Annual report of the Punjab Veterinary College and of the Civil Veterinary Department, Punjab - 1894-1908
Year: 1894
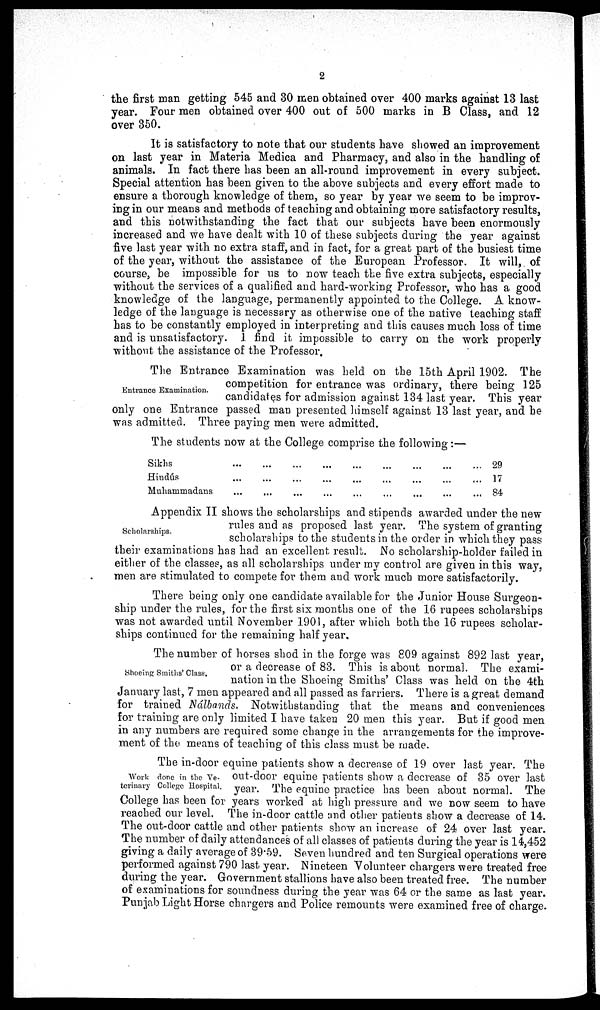
2
the first man getting 545 and 30 men obtained over 400 marks against 13 last
year. Four men obtained over 400 out of 500 marks in B Class, and 12
over 350.
It is satisfactory to note that our students have showed an improvement
on last year in Materia Medica and Pharmacy, and also in the handling of
animals. In fact there has been an all-round improvement in every subject.
Special attention has been given to the above subjects and every effort made to
ensure a thorough knowledge of them, so year by year we seem to be improv-
ing in our means and methods of teaching and obtaining more satisfactory results,
and this notwithstanding the fact that our subjects have been enormously
increased and we have dealt with 10 of these subjects during the year against
five last year with no extra staff, and in fact, for a great part of the busiest time
of the year, without the assistance of the European Professor. It will, of
course, be impossible for us to now teach the five extra subjects, especially
without the services of a qualified and hard-working Professor, who has a good
knowledge of the language, permanently appointed to the College. A know-
ledge of the language is necessary as otherwise one of the native teaching staff
has to be constantly employed in interpreting and this causes much loss of time
and is unsatisfactory. I find it impossible to carry on the work properly
without the assistance of the Professor.
Entrance Examination.
The Entrance Examination was held on the 15th April 1902. The
competition for entrance was ordinary, there being 125
candidates for admission against 134 last year. This year
only one Entrance passed man presented himself against 13 last year, and he
was admitted. Three paying men were admitted.
The students now at the College comprise the following:—
Sikhs ... ... ...
Hindús ... ... ...
Muhammadans ... ... ...
29
17
84
Scholarships.
Appendix II shows the scholarships and stipends awarded under the new
rules and as proposed last year. The system of granting
scholarships to the students in the order in which they pass
their examinations has had an excellent result. No scholarship-holder failed in
either of the classes, as all scholarships under my control are given in this way,
men are stimulated to compete for them and work much more satisfactorily.
There being only one candidate available for the Junior House Surgeon-
ship under the rules, for the first six months one of the 16 rupees scholarships
was not awarded until November 1901, after which both the 16 rupees scholar-
ships continued for the remaining half year.
Shoeing Smiths' Class.
The number of horses shod in the forge was 809 against 892 last year,
or a decrease of 83. This is about normal. The exami-
nation in the Shoeing Smiths' Class was held on the 4th
January last, 7 men appeared and all passed as farriers. There is a great demand
for trained Nálbands. Notwithstanding that the means and conveniences
for training are only limited I have taken 20 men this year. But if good men
in any numbers are required some change in the arrangements for the improve-
ment of the means of teaching of this class must be made.
Work done in the Ve-
terinary College Hospital.
The in-door equine patients show a decrease of 19 over last year. The
out-door equine patients show a decrease of 35 over last
year. The equine practice has been about normal. The
College has been for years worked at high pressure and we now seem to have
reached our level. The in-door cattle and other patients show a decrease of 14.
The out-door cattle and other patients show an increase of 24 over last year.
The number of daily attendances of all classes of patients during the year is 14,452
giving a daily average of 39.59. Seven hundred and ten Surgical operations were
performed against 790 last year. Nineteen Volunteer chargers were treated free
during the year. Government stallions have also been treated free. The number
of examinations for soundness during the year was 64 or the same as last year.
Punjab Light Horse chargers and Police remounts were examined free of charge.